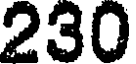
230